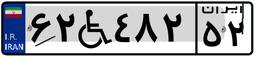
۶۲W۴۸۲۵۲